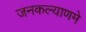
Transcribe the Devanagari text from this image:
जनकल्याणमे